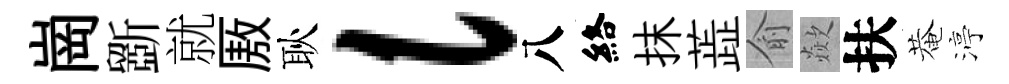
崗斵就厫耿l八絡抹蕋俞歘扶菴渟